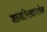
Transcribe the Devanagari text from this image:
ज्ञानानिलप्रभावेन